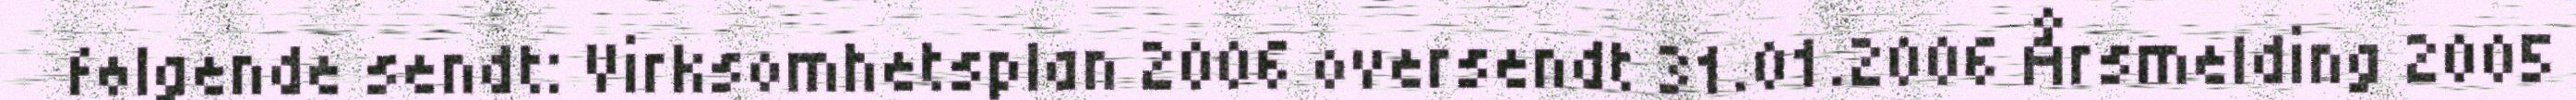
følgende sendt: Virksomhetsplan 2006 oversendt 31.01.2006 Årsmelding 2005